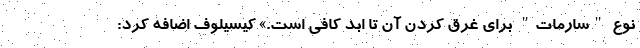
نوع "سارمات" برای غرق کردن آن تا ابد کافی است.» کیسیلوف اضافه کرد: